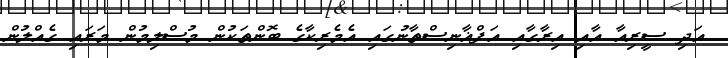
އަދި ސީރިއާ އާއި އިރާގާއި އަފްޣާނިސްތާނުގައި އެމެރިކާގެ ބޮންތަކުން މުސްލިމުން މަރައި ގެއްލުން